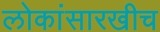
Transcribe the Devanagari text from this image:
लोकांसारखीच